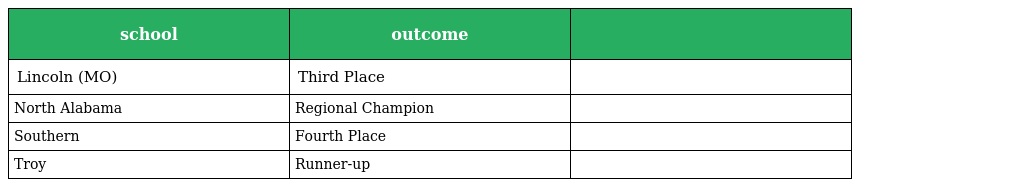
| school | outcome |  |
 | --- | --- | --- |
 | Lincoln (MO) | Third Place |  |
 | North Alabama | Regional Champion |  |
 | Southern | Fourth Place |  |
 | Troy | Runner-up |  |